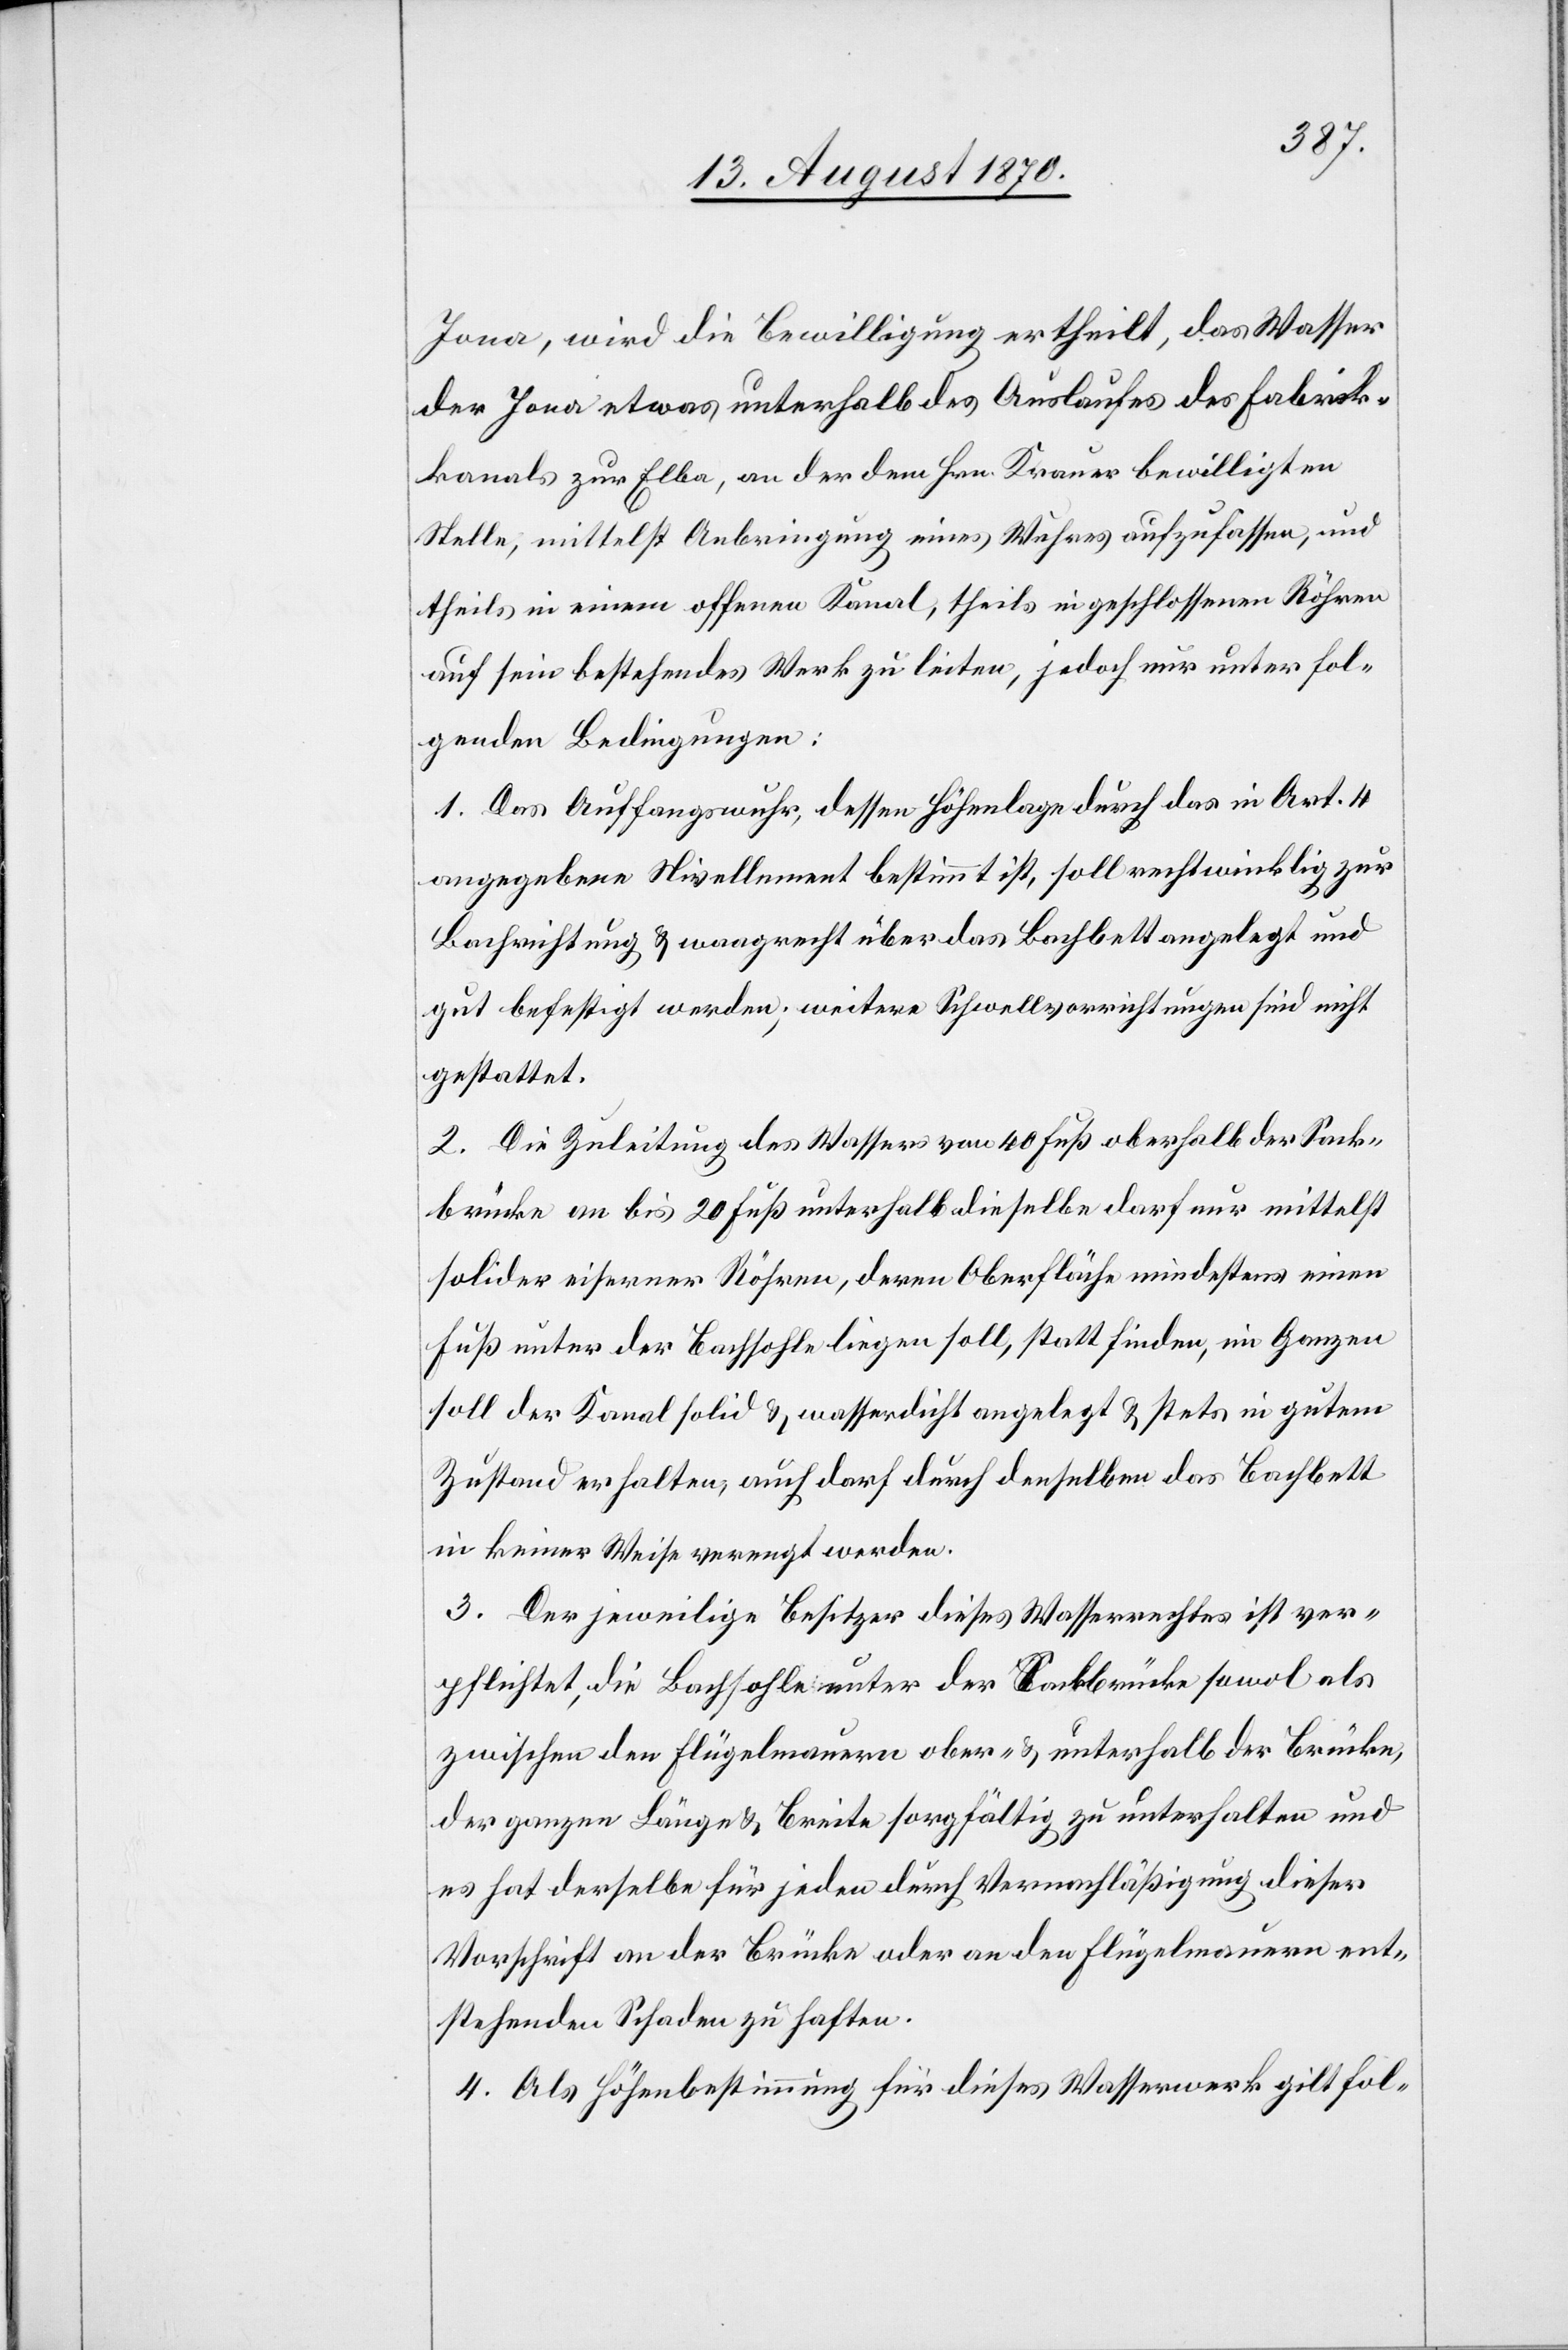
Jona, wird die Bewilligung ertheilt, das Wasser
der Jona etwas unterhalb des Auslaufes des Fabrik¬
kanals zur Elba, an der dem Hrn. Krauer bewilligten
Stelle, mittelst Anbringung eines Wuhres aufzufassen, und
theils in einem offenen Kanal, theils in geschlossenen röhren
auf sein bestehendes Werk zu leiten, jedoch nur unter fol¬
genden Bedingungen:
1. Das Auffangswuhr, dessen Höhenlage durch das in Art. 4
angegebene Nivellement bestimmt ist, soll rechtwinklig zur
Bachrichtung & waagrecht über das Bachbett angelegt und
gut befestigt werden; weitere Schwellvorrichtungen sind nicht
gestattet.
2. Die Zuleitung des Wassers von 40 Fuß oberhalb der Sack¬
brücke an bis 20 Fuß unterhalb dieselbe darf nur mittelst
solider eiserner Röhren, deren Oberfläche mindestens einen
Fuß unter der Bachsohle liegen soll, statt finden, im Ganzen
soll der Kanal solid & wasserdicht angelegt & stets in gutem
Zustand erhalten, auch darf durch denselben das Bachbett
in keiner Weise verengt werden.
3. Der jeweilige Besitzer dieses Wasserrechtes ist ver¬
pflichtet, die Bachsohle unter der Bachbrücke sowol als
zwischen den Flügelmauern ober- & unterhalb der Brücke,
der ganzen Länge & Breite sorgfältig zu unterhalten und
es hat derselbe für jeden durch Vernachläßigung dieser
Vorschrift an der Brücke oder an den Flügelmauern ent¬
stehenden Schaden zu haften.
4. Als Höhenbestimmung für dieses Wasserwerk gilt fol-